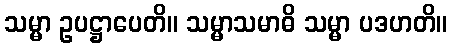
သမ္မာ ဥပဋ္ဌာပေတိ။ သမ္မာသမာဓိ သမ္မာ ပဒဟတိ။